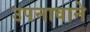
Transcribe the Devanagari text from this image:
उपनावाने